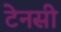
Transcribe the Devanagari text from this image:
टेनसी